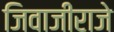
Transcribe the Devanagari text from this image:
जिवाजीराजे